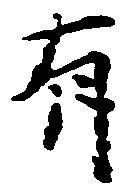
有